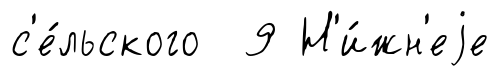
с'е́льского 9 Н'и́жн'еjе